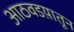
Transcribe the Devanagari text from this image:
आठवडय़ातून